Medical and sanitary report of the native army of Madras for the year
Year: 1878
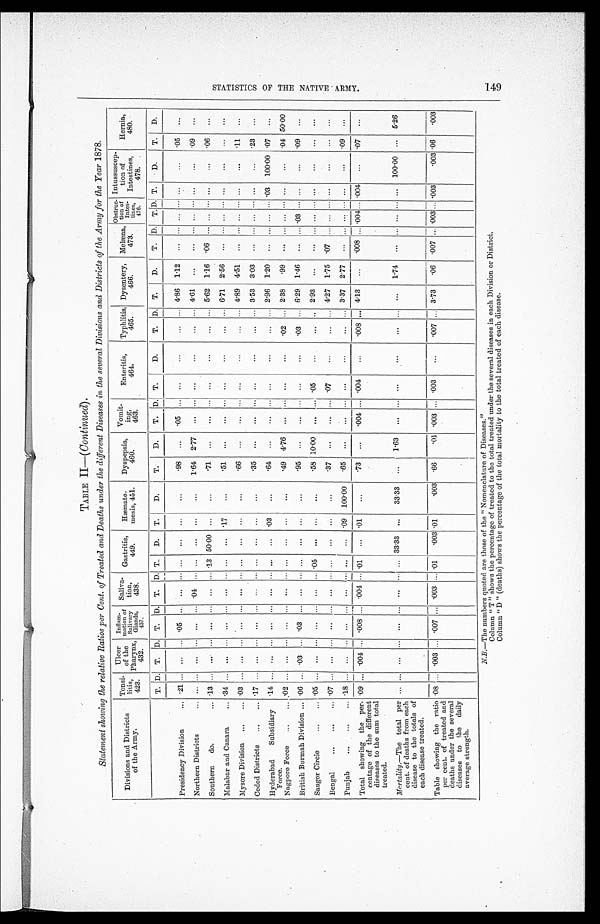
TABLE II—( Continued).
Statement showing the relative Ratios per Cent of Treated and Deaths under the different Diseases in the several Divisions and Districts of the Army for the Year 1878.
Divisions and Districts
of the Army.
Tonsi-
litis,
423.
Ulcer
of the
Pharynx,
432.
Inflam-
mation of
Salivary
Glands,
437.
Saliva-
tion,
438.
Gastritis,
449.
Hæmate-
mesis, 451.
Dyspepsia,
460.
V o m i t -
ing,
463.
Enteritis,
464.
Typhlitis,
465.
Dysentery,
466.
Melæna,
473.
Obstruc-
tion of
Intes-tines, 476.
Intussuscep-
tion of
Intestines,
478.
Hernia,
480.
T. D.
T.
D.
T.
D.
T.
D. T.
D.
T.
D.
T.
D.
T.
D.
T.
D.
T.
D.
T.
D.
T.
D.
T. D. T.
D.
T.
D.
Presidency Division . . .
. 2 1
. . .
. . .
. . .
.05
. . . . . .
. . .
. . .
. . .
. . .
. . .
.98
. . .
.05
. . .
. . .
. . .
. . .
. . . 4.86
1.12
. . .
. . .
. . .
. . .. . .
. . .
. 0 5 . . .
Northern Districts . . .
. . .
. . .
. . .
. . .
. . .
. . . .04
. . .
. . .
. . .
. . .
. . .
1 . 6 4
2 . 7 7
. . .
. . .
. . .
. . .
. . .
. . .4.61
. . .
. . .
. . .
. . .
. . .. . .
. . .
. 0 9 . . .
Southern do . . . .
. 1 3
. . .
. . .
. . .
. . .
. . . . . .
. . .
. 1 3
5 0 . 0 0
. . .
. . .
. 7 1
. . .
. . .
. . .
. . .
. . .
. . .
. . . 5.62
1.16
.06
. . .
. . .
. . . . . .
. . .
.06
. . .
Malabar and Canara . . .
.34
. . .
. . .
. . .
. . .
. . .
. . .
. . .
. . .
. . .
.17
. . .
.51
. . .
. . .
. . .
. . .
. . .
. . .
. . .6.71
2.56
. . .
. . .
. . .
. . .. . .
. . .
. . . . . .
Mysore Division . . .
.03
. . .
. . .
. . .
. . .
. . .
. . .
. . .
. . .
. . .
. . .
. . .
.66
. . .
. . .
. . .
. . .
. . .
. . .
. . . 4.89
4.51
. . .
. . .
. . .
. . . . . .
. . . .11
. . .
Ceded Districts . . .
.17
. . .
. . .
. . .
. . .
. . .
. . .
. . .
. . .
. . .
. . .
. . .
.35
. . .
. . .
. . .
. . .
. . .
. . .
. . . 3.53
3.03
. . .
. . .
. . .
. . . . . .
. . .
.23
. . .
Hyderabad Subsidiary
Force.
.14
. . .
. . .
. . .
. . .
. . .
. . .
. . .
. . .
. . .
.03
. . .
.64
. . .
. . .
. . .
. . .
. . .
. . .
. . . 2.96
1.20
. . .
. . .
. . .
. . . .03
100.00 .07
. . .
Nagpore Force . . .
.02
. . .
. . .
. . .
. . .
. . .
. . .
. . .
. . .
. . .
. . .
. . .
.49
4.76
. . .
. . .
. . .
. . .
. 0 2
. . . 2.38
.99
. . .
. . .
. . .
. . . . . .
. . .
.04 50.00
British Burmah Division . . . .06
. . . .03
. . .
.03
. . .
. . .
. . .
. . .
. . .
. . .
. . .
. 9 5
. . .
. . .
. . .
. . .
. . .
.03
. . . 6.29
1.46
. . .
. . . .03
. . . . . .
. . . .09
. . .
Saugor Circle . . .
. 0 5
. . .
. . .
. . .
. . .
. . . . . .
. . .
. 0 5
. . .
. . .
. . .
.58 10.00
. . .
. . . .05
. . .
. . .
. . . 2.93
. . .
. . .
. . .
. . .
. . . . . .
. . .
. . .
. . .
Bengal . . .
.07
. . .
. . .
. . .
. . .
. . .
. . .
. . .
. . .
. . .
. . .
. . .
.37
. . .
. . .
. . . .07
. . .
. . .
. . .4.27
1.75
. 0 7
. . .
. . .
. . .. . .
. . .
. . . . . .
Punjab . . .
.18
. . .
. . .
. . .
. . .
. . .
. . .
. . .
. . .
. . .
.09
100.00
.65
. . .
. . .
. . .
. . .
. . .
. . .
. . . 3.37
2.77
. . .
. . .
. . .
. . . . . .
. . .
.09
. . .
Total showing the per-
tentage of the different
diseases to the sum total
treated.
.09
. . . .004
. . . .008
. . .
.004
. . . .01
. . .
.01
. . .
. 7 3
. . .
.004
. . . .004
. . .
.008
. . . 4.13
. . .
.008
. . ..004 . . . .004
. . . .07
. . .
Mortality
.—The total per
cent. of deaths from each
disease to the totals of
each disease treated.
. . .
. . .
. . .
. . .
. . .
. . .
. . .
. . .
. . . 33.33
. . .
33.33
. . .
1.63
. . .
. . .
. . .
. . .
. . .
. . .
. . .
1.74
. . .
. . .
. . .
. . . . . .
100.00
. . .
5.26
Table showing the ratio
per cent of treated and
deaths under the several
diseases to the daily
average strength.
.08
. . . .003
. . . .007
. . .
.003
. . . .01
.003 .01
. 0 0 3 .66
.01 .003
. . . .003
. . .
.007
. . . 3.73
.06
.007
. . . .003
. . .
.003
.003 .06
.003
N.B .—The numbers quoted are those of the "Nomenclature of Diseases."
Column " T " shows the percentage of treated to the total treated under the several diseases in each Division or District.
Column " D " (deaths) shows the percentage of the total mortality to the total treated of each disease.